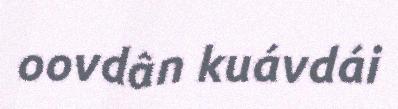
oovdân kuávdái